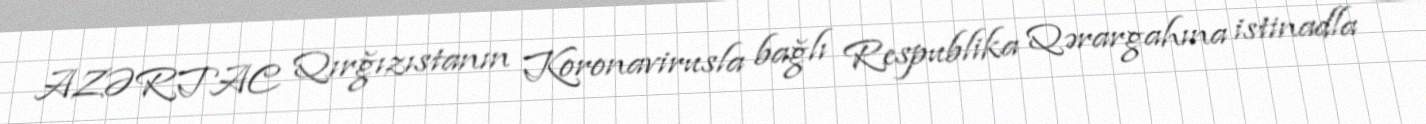
AZƏRTAC Qırğızıstanın Koronavirusla bağlı Respublika Qərargahına istinadla